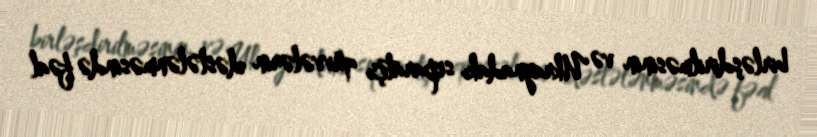
birləşdirilməsinin və Ukraynadakı separatçı qüvvələrin dəstələnməsində fəal